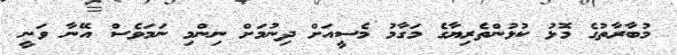
މުބާރާތުގެ މޮޅު ކުޅުންތެރިޔާގެ މަގާމު މެސީއަށް ދިނުމަށް ނިންމި ނަމަވެސް އޭނާ ވަނީ